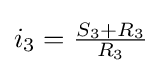
i_{3}={\tfrac {S_{3}+R_{3}}{R_{3}}}